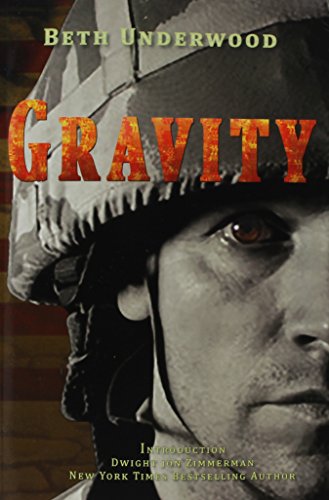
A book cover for Gravity; Beth Underwood; Parenting & Relationships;